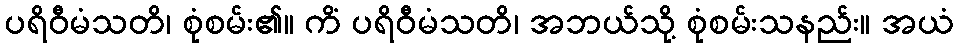
ပရိဝီမံသတိ၊ စုံစမ်း၏။ ကိံ ပရိဝီမံသတိ၊ အဘယ်သို့ စုံစမ်းသနည်း။ အယံ